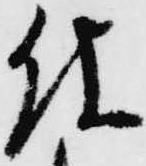
仕